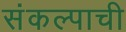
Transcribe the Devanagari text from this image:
संकल्पाची